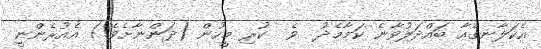
އެކަލާނގެއާ ބައްދަލުވާނެ ކަމާމެދު  ވެ  ކުރި މީހުން (ދަންނާށެވެ!) އެއުރެންނީ